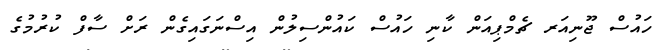
ހައުސް ޖޫނިއަރ ޗެމްޕިއަން ކާނި ހައުސް ކައުންސިލުން އިސްނަގައިގެން ރަށް ސާފް ކުރުމުގެ